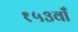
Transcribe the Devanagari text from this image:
१५३वाँ